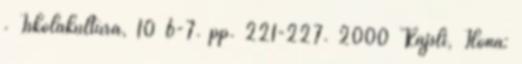
. Iskolakultúra, 10 6-7. pp. 221-227. 2000 Rajsli, Ilona: